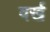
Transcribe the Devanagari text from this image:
वर्ख